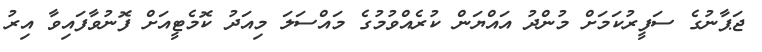
ޖަޕާނުގެ ސަފީރުކަމަށް މުންދު އައްޔަން ކުރެއްވުމުގެ މައްސަލަ މިއަދު ކޮމެޓީއަށް ފޮނުވާފައިވާ އިރު